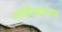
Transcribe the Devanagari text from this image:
ललितकथेच्याच